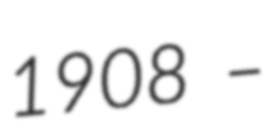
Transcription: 1908 –